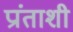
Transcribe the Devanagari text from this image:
प्रांताशी